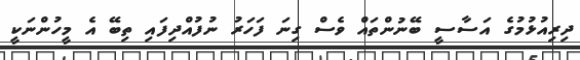
ދިރިއުޅުމުގެ އަސާސީ ބޭނުންތައް ވެސް ގިނަ ފަހަރު ނުފުއްދިފައި ތިބޭ އެ މީހުންނަކީ